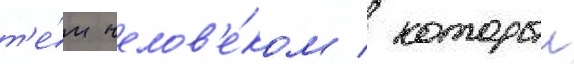
т'е́м челов'е́ком / которыи